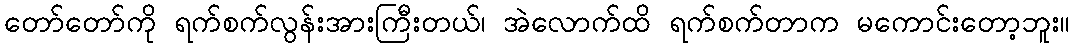
တော်တော်ကို ရက်စက်လွန်းအားကြီးတယ်၊ အဲလောက်ထိ ရက်စက်တာက မကောင်းတော့ဘူး။